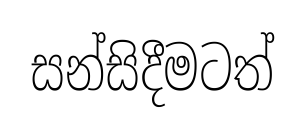
සන්සිදීමටත්